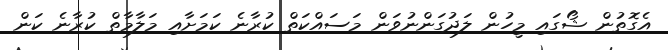
އެގޮތުން ޝޯގައި މީހުން ލަދުގަންނުވަން މަސައްކަތް ކުރާނެ ކަމަށާއި މަލާމާތް ކުރާނެ ކަން